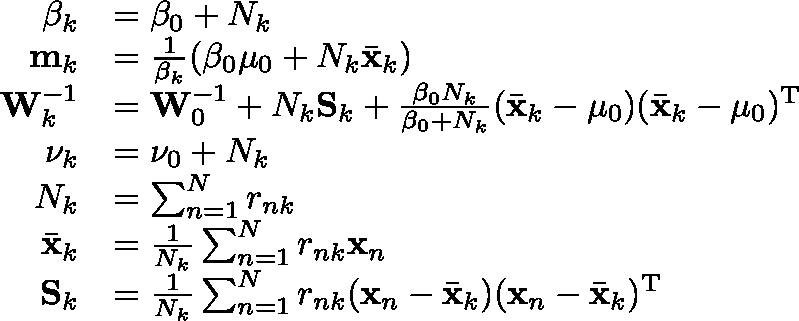
{ \begin{array} { r l } { \beta _ { k } } & { = \beta _ { 0 } + N _ { k } } \\ { \mathbf { m } _ { k } } & { = { \frac { 1 } { \beta _ { k } } } ( \beta _ { 0 } \mathbf { \mu } _ { 0 } + N _ { k } { \bar { \mathbf { x } } } _ { k } ) } \\ { \mathbf { W } _ { k } ^ { - 1 } } & { = \mathbf { W } _ { 0 } ^ { - 1 } + N _ { k } \mathbf { S } _ { k } + { \frac { \beta _ { 0 } N _ { k } } { \beta _ { 0 } + N _ { k } } } ( { \bar { \mathbf { x } } } _ { k } - \mathbf { \mu } _ { 0 } ) ( { \bar { \mathbf { x } } } _ { k } - \mathbf { \mu } _ { 0 } ) ^ { \mathrm { { T } } } } \\ { \nu _ { k } } & { = \nu _ { 0 } + N _ { k } } \\ { N _ { k } } & { = \sum _ { n = 1 } ^ { N } r _ { n k } } \\ { { \bar { \mathbf { x } } } _ { k } } & { = { \frac { 1 } { N _ { k } } } \sum _ { n = 1 } ^ { N } r _ { n k } \mathbf { x } _ { n } } \\ { \mathbf { S } _ { k } } & { = { \frac { 1 } { N _ { k } } } \sum _ { n = 1 } ^ { N } r _ { n k } ( \mathbf { x } _ { n } - { \bar { \mathbf { x } } } _ { k } ) ( \mathbf { x } _ { n } - { \bar { \mathbf { x } } } _ { k } ) ^ { \mathrm { { T } } } } \end{array} }